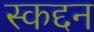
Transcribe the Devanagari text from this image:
स्कद्दन